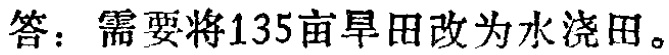
答：需要将135亩旱田改为水浇田。